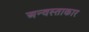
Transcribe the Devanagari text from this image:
अन्वस्ताकार